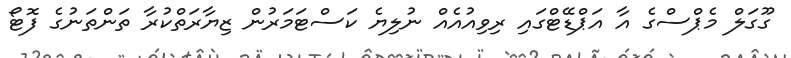
ގޫގަލް މެޕްސްގެ އާ އަޕްޑޭޓްގައި ރިވިއުއެއް ނުލިޔެ ކަސްޓަމަރުން ޒިޔާރަތްކުރާ ތަންތަނުގެ ފޮޓޯ